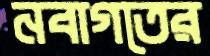
নবাগতের